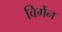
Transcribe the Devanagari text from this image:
विर्गेन